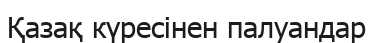
Қазақ күресінен палуандар